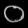
Digit: ၀